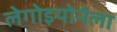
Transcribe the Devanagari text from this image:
लेगोइयोनेला